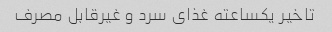
تاخیر یکساعته غذای سرد و غیرقابل مصرف